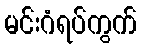
မင်းဂံရပ်ကွက်